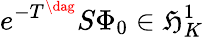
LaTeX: e^{-T^{\dag}}S\Phi_{0}\in\mathfrak{H}_{K}^{1}